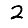
Digit: 2